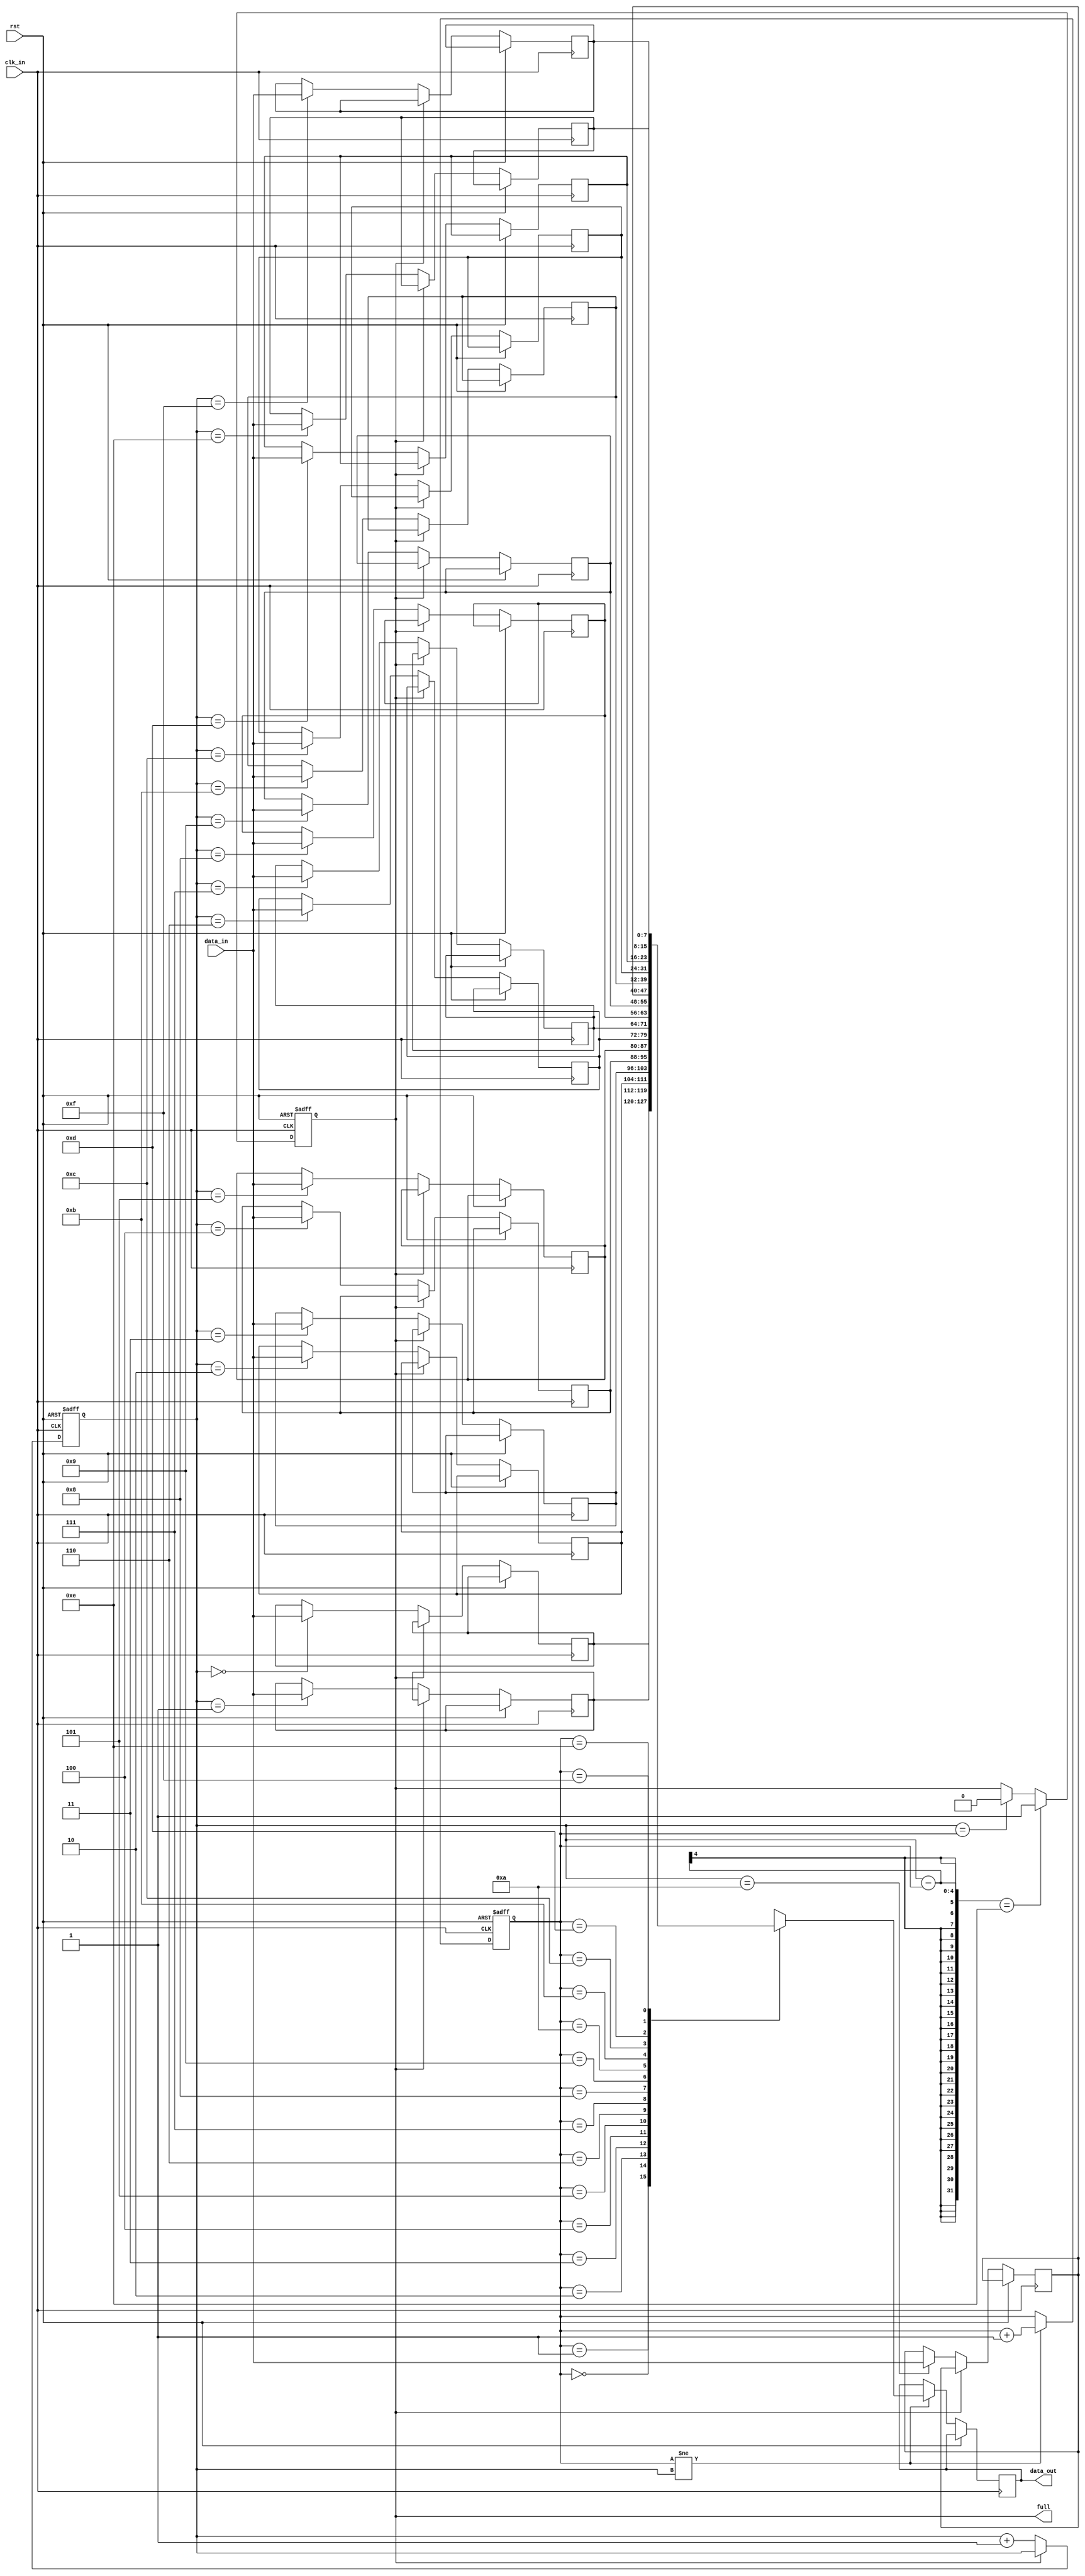
module AlmostFullFIFO (
    input wire clk_in,
    input wire rst,
    input wire [DATA_WIDTH-1:0] data_in,
    output reg [DATA_WIDTH-1:0] data_out,
    output wire full
);

parameter FIFO_DEPTH = 16;
parameter THRESHOLD = 14;
parameter DATA_WIDTH = 8;
reg [DATA_WIDTH-1:0] fifo [0:FIFO_DEPTH-1];
reg [3:0] write_ptr;
reg [3:0] read_ptr;
wire almost_full = (write_ptr - read_ptr == THRESHOLD);

always @(posedge clk_in or posedge rst) begin
    if (rst) begin
        write_ptr <= 0;
        read_ptr <= 0;
        full <= 0;
    end else begin
        // Write data into FIFO
        if (!full) begin
            fifo[write_ptr] <= data_in;
            write_ptr <= write_ptr + 1;
        end
        
        // Read data from FIFO
        if (read_ptr != write_ptr) begin
            data_out <= fifo[read_ptr];
            read_ptr <= read_ptr + 1;
        end
        
        // Update full flag
        if (almost_full) begin
            full <= 1;
        end else if (write_ptr == read_ptr) begin
            full <= 0;
        end
    end
end

endmodule